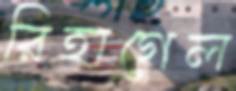
রিহাগেল